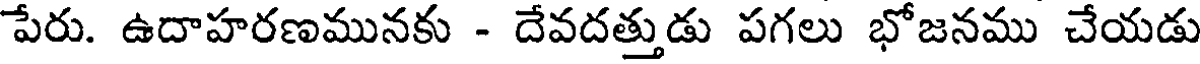
పేరు. ఉదాహరణమునకు - దేవదత్తుడు పగలు భోజనము చేయడు